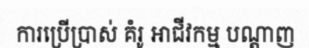
ការប្រើប្រាស់ គំរូ អាជីវកម្ម បណ្តាញ